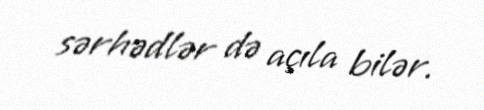
sərhədlər də açıla bilər.